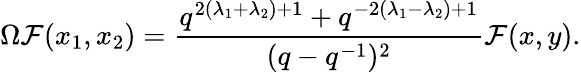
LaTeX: \Omega\mathcal{F}(x_{1},x_{2})=\frac{{q^{2(\lambda_{1}+\lambda_{2})+1}+q^{-2(\lambda_{1}-\lambda_{2})+1}}}{{(q-q^{-1})^{2}}}\mathcal{F}(x,y).